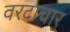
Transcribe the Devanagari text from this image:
वरदाचार